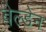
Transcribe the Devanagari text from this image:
बेल्डेन